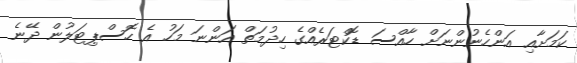
ކަމަށާއި އަންހެނުންނަށް ހާއްސަ ޑޮކްޓަރެއްގެ ހިދުމަތް އަންނަ މަހު އެ ހޮސްޕިޓަލުން ދޭނެ